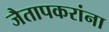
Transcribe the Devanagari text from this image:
जैतापकरांना